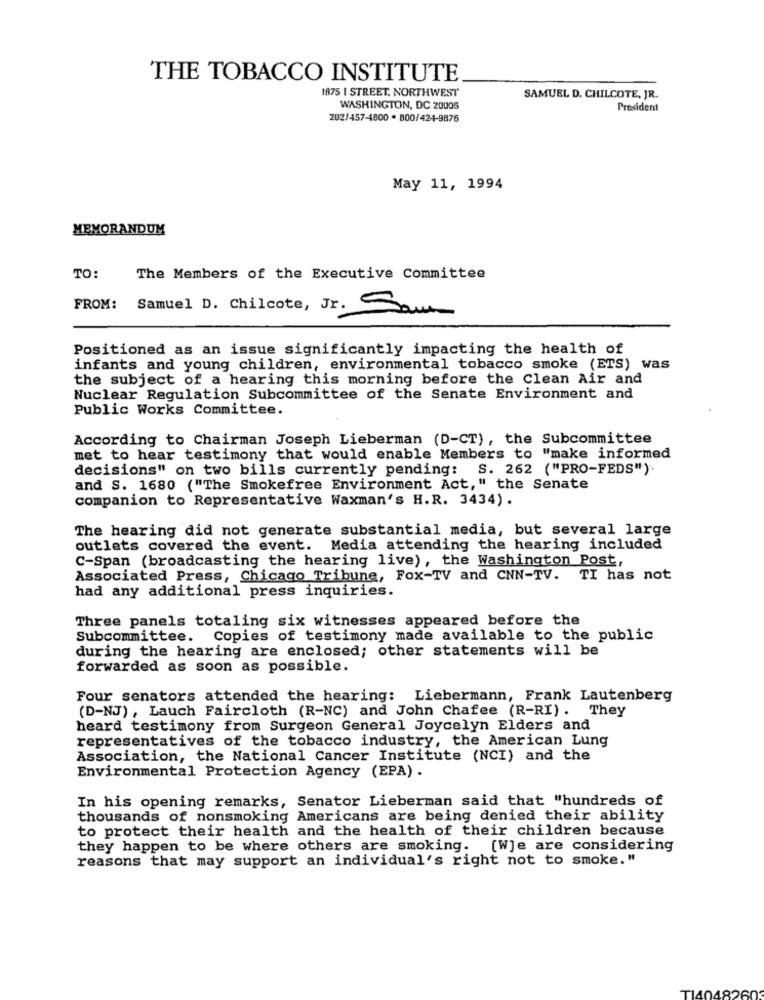
THE TOBACCO INSTITUTE
1875 I STREET, NORTHWEST
SAMUEL D. CHILCOTE, JR.
WASHINGTON, DC 20005
President
202/457-4800 * 800/424-9876
May 11, 1994
MEMORANDUM
TO:
The Members of the Executive Committee
FROM: Samuel D. Chilcote, Jr. Sam
Positioned as an issue significantly impacting the health of
infants and young children, environmental tobacco smoke (ETS) was
the subject of a hearing this morning before the Clean Air and
Nuclear Regulation Subcommittee of the Senate Environment and
Public Works Committee.
According to Chairman Joseph Lieberman (D-CT), the Subcommittee
met to hear testimony that would enable Members to "make informed
decisions" on two bills currently pending: S. 262 ("PRO-FEDS").
and S. 1680 ("The Smokefree Environment Act," the Senate
companion to Representative Waxman's H.R. 3434).
The hearing did not generate substantial media, but several large
outlets covered the event. Media attending the hearing included
C-Span (broadcasting the hearing live), the Washington Post,
Associated Press, Chicago Tribune, Fox-TV and CNN-TV. TI has not
had any additional press inquiries.
Three panels totaling six witnesses appeared before the
Subcommittee. Copies of testimony made available to the public
during the hearing are enclosed; other statements will be
forwarded as soon as possible.
Four senators attended the hearing: Liebermann, Frank Lautenberg
(D-NJ) , Lauch Faircloth (R-NC) and John Chafee (R-RI). They
heard testimony from Surgeon General Joycelyn Elders and
representatives of the tobacco industry, the American Lung
Association, the National Cancer Institute (NCI) and the
Environmental Protection Agency (EPA) .
In his opening remarks, Senator Lieberman said that "hundreds of
thousands of nonsmoking Americans are being denied their ability
to protect their health and the health of their children because
they happen to be where others are smoking. [WJe are considering
reasons that may support an individual's right not to smoke."
TI404826